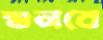
শুনবে